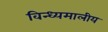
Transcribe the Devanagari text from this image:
विन्ध्यमालीय